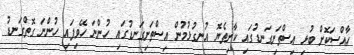
ހާއްސަކޮށް ބުޅި އިސްތަށިގަނޑުގައި ކާށިތެޔޮ އުނގުޅުމުން އިސްތަށިގަނޑުގައި ހުންނަ ހޭވިފައި ހުންނަ ގޮތްގަނޑު